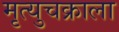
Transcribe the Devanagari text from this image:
मृत्युचक्राला